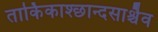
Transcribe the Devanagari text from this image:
तार्किकाश्छान्दसाश्चैव